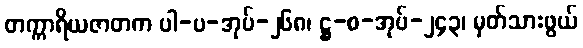
တက္ကာရိယဇာတက ပါ-ပ-အုပ်-၂၆၈၊ ဋ္ဌ-စ-အုပ်-၂၄၃၊ မှတ်သားဖွယ်